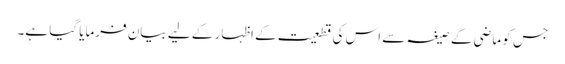
جس کو ماضی کے صیغہ سے اس کی قطعیت کے اظہار کے لیے بیان فرمایا گیا ہے۔